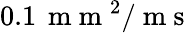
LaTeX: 0.1\, \mathrm{~m~m~}^{2}/\mathrm{~m~s~}